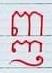
ញ្ញ